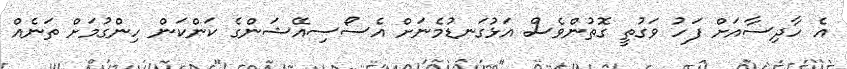
އެ ހާދިސާއަށް ފަހު ވަގުތީ ގޮތުންވެސް އަޅުގަނޑުމެނަށް އެސޯސިއޭޝަންގެ ކަންކަން ހިންގުމަށް ތަނެއް